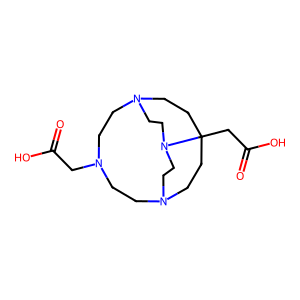
SMILES: O=C(O)CN1CCN2CCCCCN(CC1)CCN(CC(=O)O)CC2
Inhibits HIV replication: No